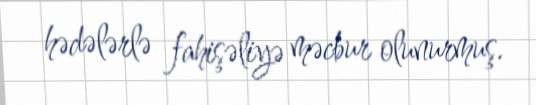
hədələrlə fahişəliyə məcbur olunurmuş.